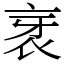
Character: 衺